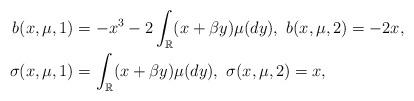
LaTeX: \begin{align*}b(x, \mu, 1)&= -x^3 -2\int_{\mathbb R}(x+ \beta y)\mu(dy),~ b(x, \mu, 2)= -2x ,\\\sigma(x, \mu, 1)&= \int_{\mathbb R}(x+ \beta y)\mu(dy),~\sigma(x, \mu, 2)= x ,\end{align*}